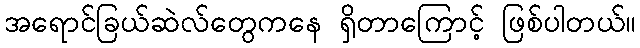
အရောင်ခြယ်ဆဲလ်တွေကနေ ရှိတာကြောင့် ဖြစ်ပါတယ်။